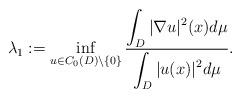
LaTeX: \begin{align*}\lambda_1:=\inf_{u\in C_0(D)\setminus\{0\}}\frac{\displaystyle \int_{D} |\nabla u|^2(x) d\mu}{\displaystyle \int_{D} |u(x)|^2 d\mu}.\end{align*}